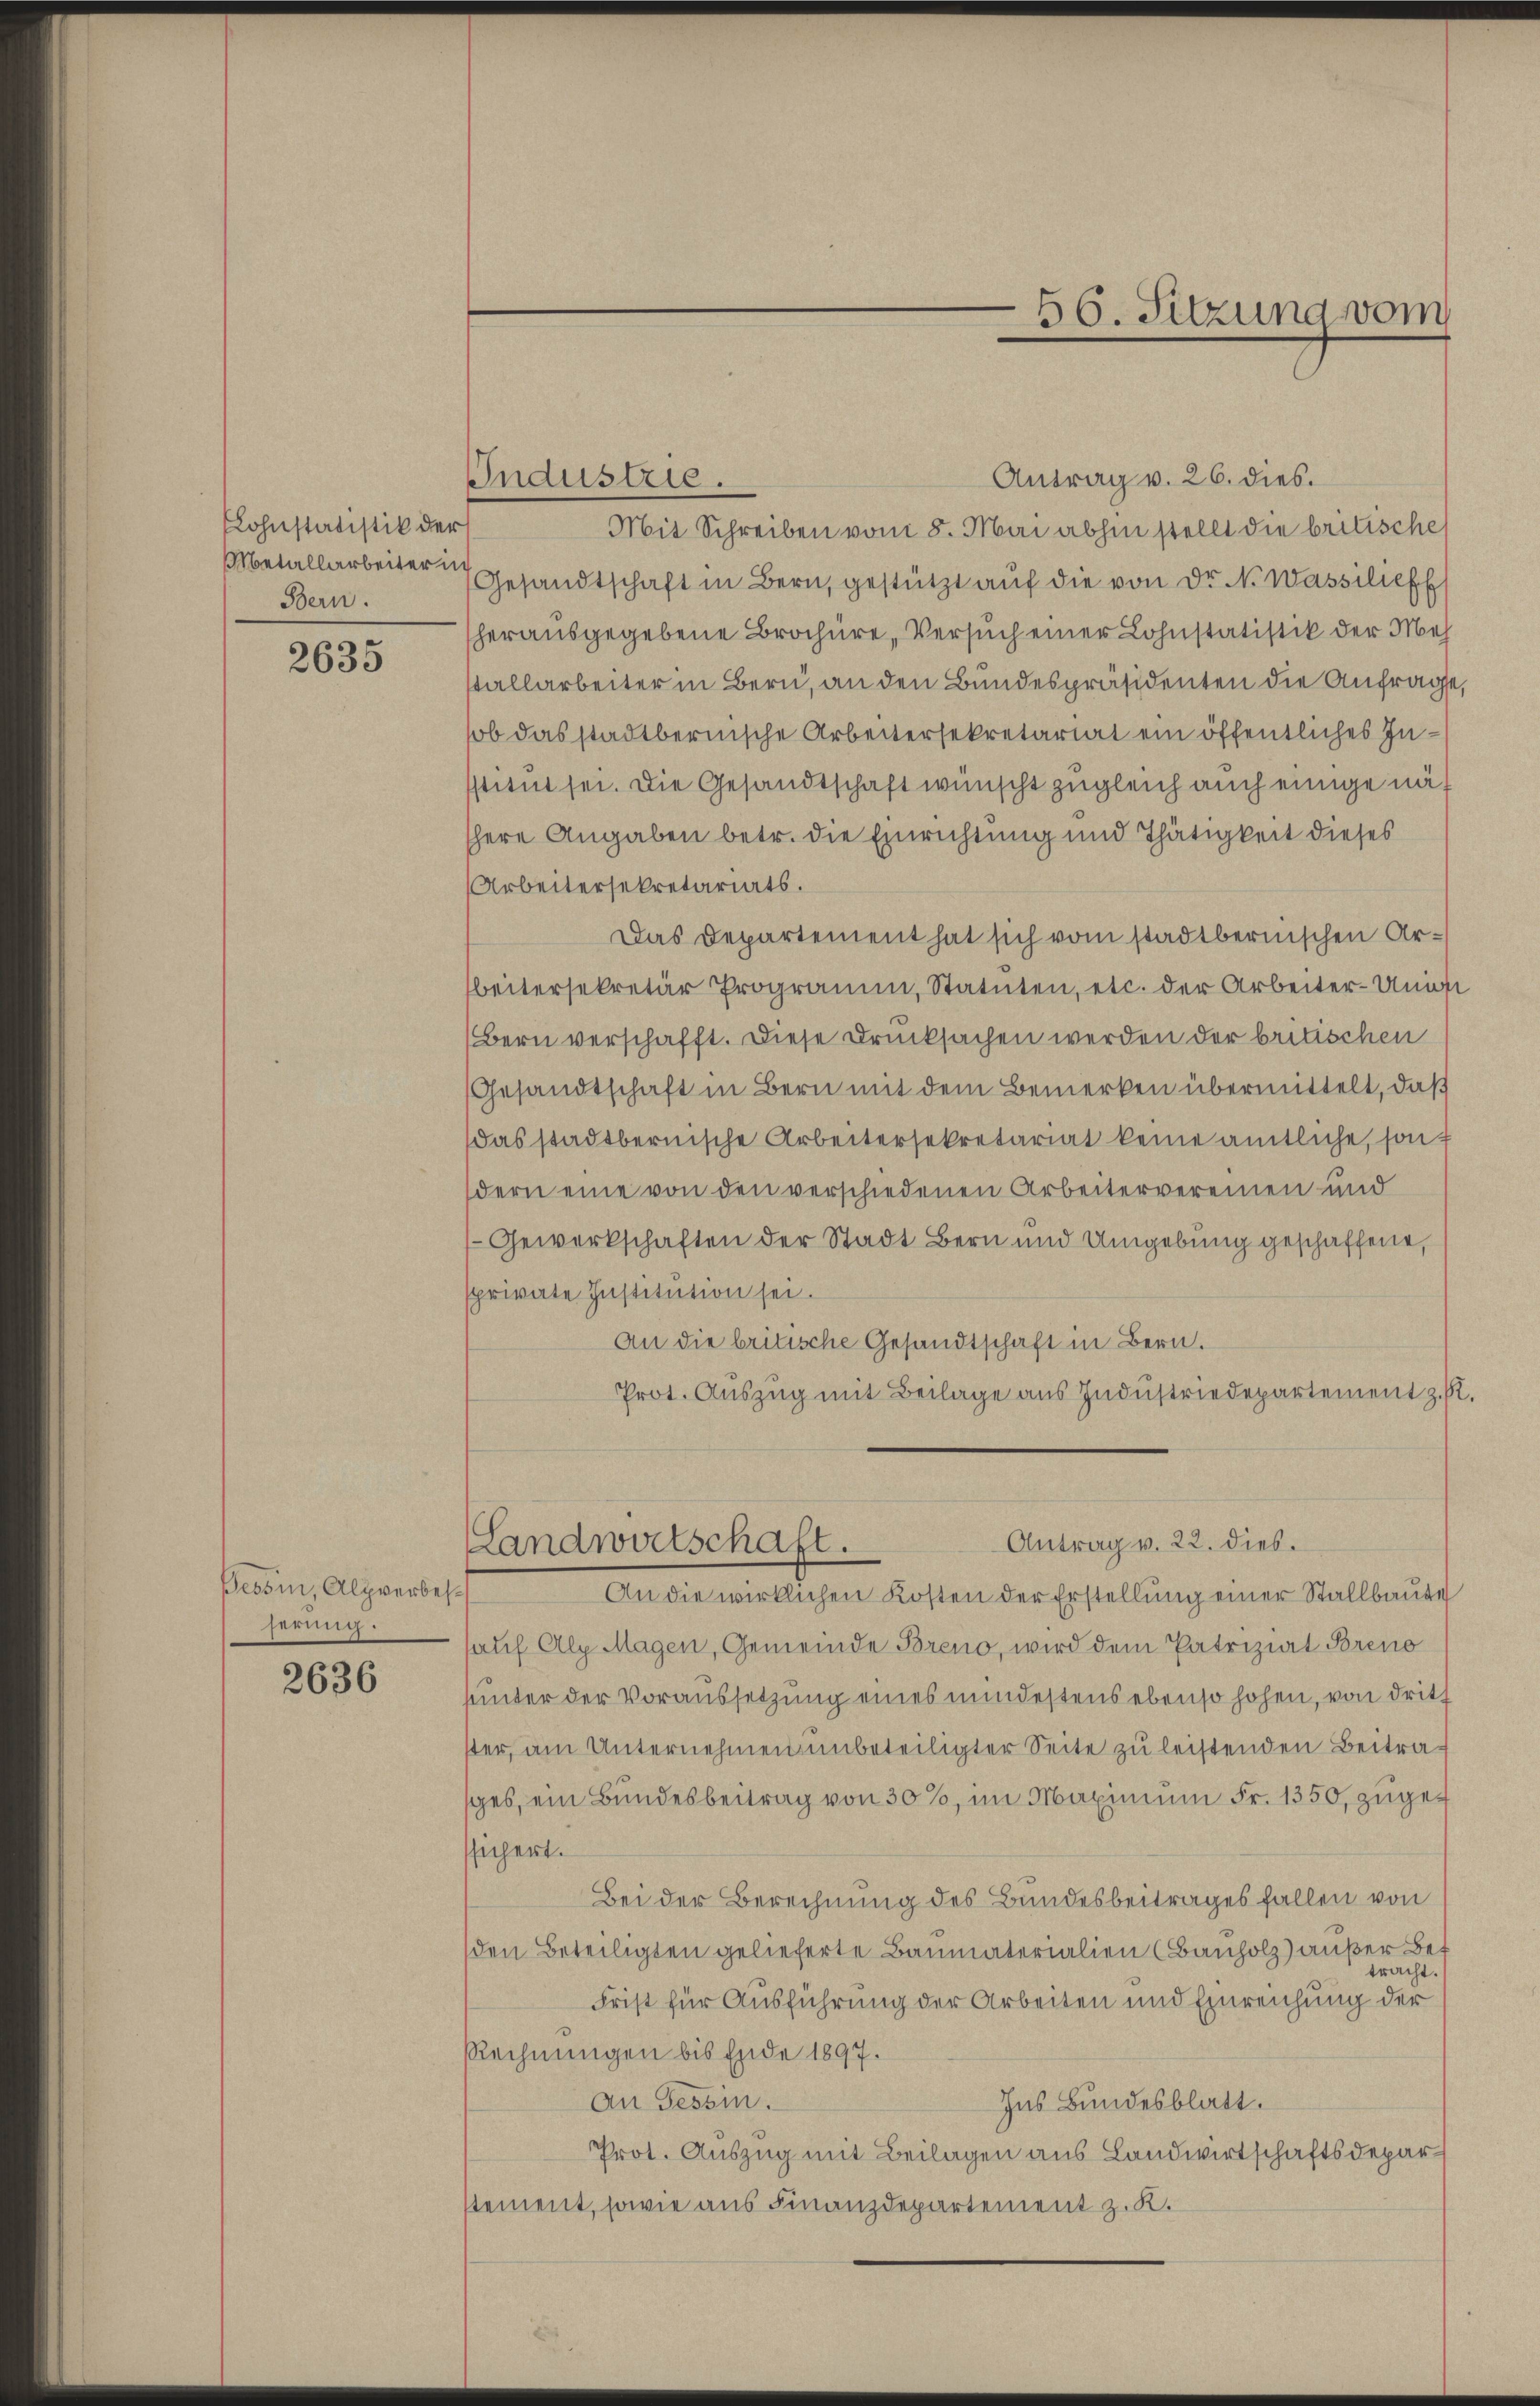
Lohnstatistik der
Metallarbeiter in
Bern.

2635

Tessin, Alpverbesserung.

2636

Industrie.

Antrag v. 26. dies.
Mit Schreiben vom 8. Mai abhin stellt die britische
Gesandtschaft in Bern, gestützt auf die von Dr N. Wasseliefe
herausgegebene Brochüre, Versuch einer Lohnstatistik der Meh
tallarbeiter in Bern, an den Bundespräsidenten die Anfrage
ob das stadtbernische Arbeitersekretariat ein öffentliches Institut sei. Die Gesandtschaft wünscht zugleich auch einige nähere Angaben betr. die Einrichtung und Thätigkeit dieses
Arbeitersekretariats.
Das Departement hat sich vom stadtbernischen Arbeitersekretär Programm, Statuten, etc. der Arbeiter-Unigst
Bern verschafft. Diese Drucksachen werden der britischen
Gesandtschaft in Bern mit dem Bemerken übermittelt, daß
das stadtbernische Arbeitersekretariat keine amtliche, sondern eine von den verschiedenen Arbeitervereinen und
Gewerkschaften der Stadt Bern und Umgebung geschaffene,
sprivate Institution sei.
An die britische Gesandtschaft in Bern.
Prot. Auszug mit Beilage aus Industriedepartement z. B.
Antrag v. 22. dies.
Landwirtschaft.
An die wirklichen Kosten der Erstellung einer Stallbaute
sauf Alp Magen, Gemeinde Breno, wird dem Patriziat Breno
hunter der Voraussetzung eines mindestens ebenso hohen, von dritt
ster, am Unternehmen unbeteiligter Seite zu leistenden Beitrages, ein Bundesbeitrag von 30%, im Maximum Fr. 1350, zugessichert.
Bei der Berechnung des Bundesbeitrages fallen von
den Beteiligten gelieferte Baumaterialien (Bauholz) außer Bet
tracht.
Frist für Ausführung der Arbeiten und Einreichung der
Rechnungen bis Ende 1897.
An Tessin.
Ins Bundesblatt.
Prot. Auszug mit Beilagen aus Landwirtschaftsdeparstement, sowie aus Finanzdepartement z. K.

56. Sitzung vom